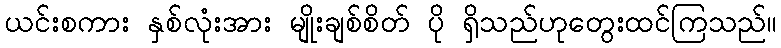
ယင်းစကား နှစ်လုံးအား မျိုးချစ်စိတ် ပို ရှိသည်ဟုတွေးထင်ကြသည်။